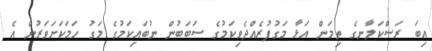
އިބަ ރަސްކަލާނގެ ތިމަން އަޅާ މަގުފުރެއްދެވިކަމުގެ ސަބަބުން ނުބައިކަމުގެ މަގު ހަމަކަށަވަރުން އެ